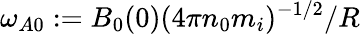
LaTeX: \omega_{A0}:=B_{0}(0)(4\pi n_{0}m_{i})^{-1/2}/R